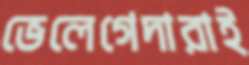
ভেলেগেদারাই